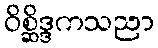
ဝိစ္ဆိဒ္ဒကသညာ